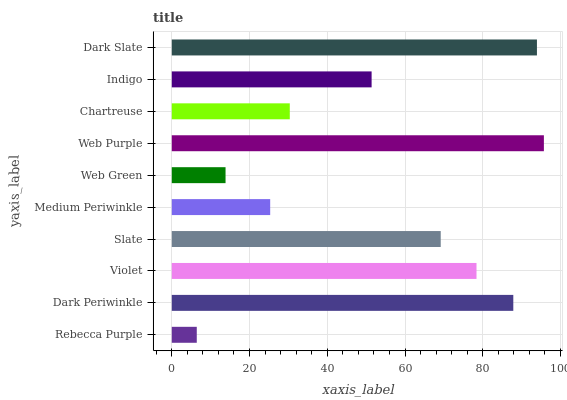
| yaxis_label | bars |
 | --- | --- |
 | Rebecca Purple | 6.43 |
 | Dark Periwinkle | 87.8 |
 | Violet | 78.4 |
 | Slate | 69.2 |
 | Medium Periwinkle | 25.3 |
 | Web Green | 13.8 |
 | Web Purple | 95.7 |
 | Chartreuse | 30.4 |
 | Indigo | 51.4 |
 | Dark Slate | 93.9 |